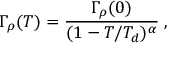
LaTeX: \Gamma _ { \rho } ( T ) = \frac { \Gamma _ { \rho } ( 0 ) } { ( 1 - T / T _ { d } ) ^ { \alpha } } \; ,